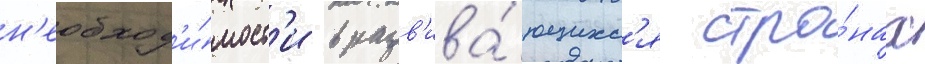
н'еобход'и́мост'и в разв'ива́ющихс'я стра́нах